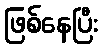
ဖြစ်နေပြီး